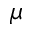
\boldsymbol \mu